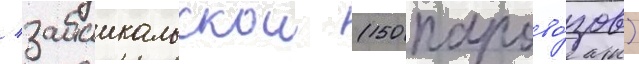
/ забаикальскои (150 парово́зов)